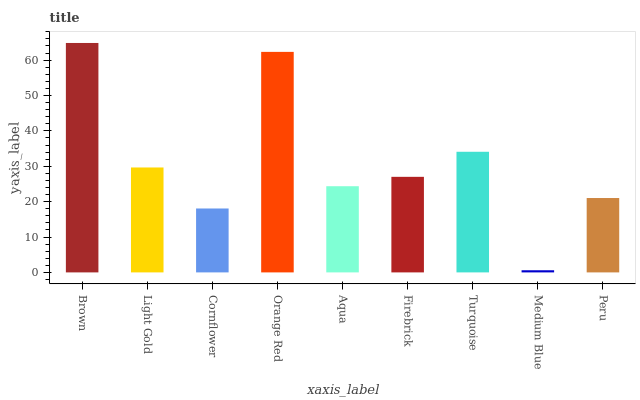
| xaxis_label | bars |
 | --- | --- |
 | Brown | 64.8 |
 | Light Gold | 29.7 |
 | Cornflower | 18.1 |
 | Orange Red | 62.3 |
 | Aqua | 24.4 |
 | Firebrick | 27 |
 | Turquoise | 34.1 |
 | Medium Blue | 0.608 |
 | Peru | 21 |